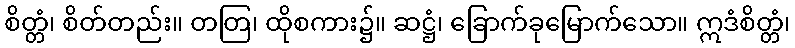
စိတ္တံ၊ စိတ်တည်း။ တတြ၊ ထိုစကား၌။ ဆဋ္ဌံ၊ ခြောက်ခုမြောက်သော။ ဣဒံစိတ္တံ၊